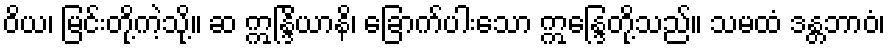
ဝိယ၊ မြင်းတို့ကဲ့သို့။ ဆ ဣန္ဒြိယာနိ၊ ခြောက်ပါးသော ဣန္ဒြေတို့သည်။ သမထံ ဒန္တဘာဝံ၊